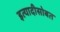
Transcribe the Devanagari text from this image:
इत्यादीसोबत